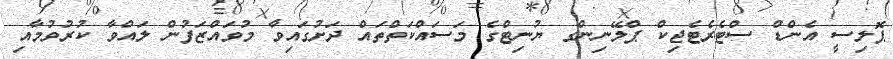
ޕޮލިސީ އެންޑް ސްޓެރެޓެޖިކް ޕްލޭނިންގ ޔުނިޓްގެ މަސައްކަތްތައް ދަށުގައިވާ މުވައްޒަފުން ލައްވާ ކުރުވުމާއި